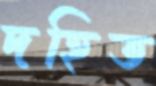
দহিত